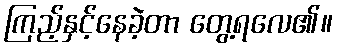
ကြည့်နှင့်နေခဲ့တာ တွေ့ရလေ၏။